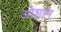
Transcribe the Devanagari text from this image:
ओशाम